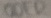
Text: ODER